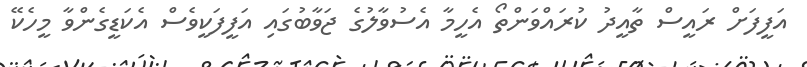
އަފީފަށް ރައީސް ތާއީދު ކުރައްވަންތޯ އެހީމާ އެސުވާލުގެ ޖަވާބުގައި އަފީފަކީވެސް އެކަޑީގެންވާ މީހެކޭ